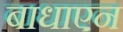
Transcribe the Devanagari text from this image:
बाधाएन